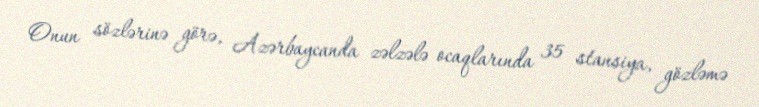
Onun sözlərinə görə, Azərbaycanda zəlzələ ocaqlarında 35 stansiya, gözləmə